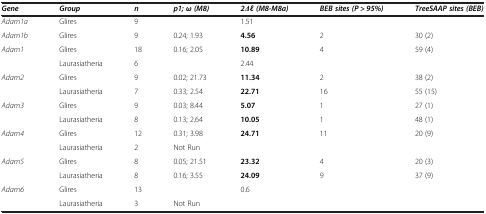
<table><thead><tr><td><b><i>Gene</i></b></td><td><b><i>Group</i></b></td><td><b><i>n</i></b></td><td><b><i>p1; ω (M8)</i></b></td><td><b><i>2Δl (M8-M8a)</i></b></td><td><b><i>BEB sites (P &gt; 95%)</i></b></td><td><b><i>TreeSAAP sites (BEB)</i></b></td></tr></thead><tbody><tr><td><i>Adam1a</i></td><td>Glires</td><td>9</td><td> </td><td>1.51</td><td> </td><td> </td></tr><tr><td><i>Adam1b</i></td><td>Glires</td><td>9</td><td>0.24; 1.93</td><td><b>4.56</b></td><td>2</td><td>30 (2)</td></tr><tr><td><i>Adam1</i></td><td>Glires</td><td>18</td><td>0.16; 2.05</td><td><b>10.89</b></td><td>4</td><td>59 (4)</td></tr><tr><td> </td><td>Laurasiatheria</td><td>6</td><td> </td><td>2.44</td><td> </td><td> </td></tr><tr><td><i>Adam2</i></td><td>Glires</td><td>9</td><td>0.02; 21.73</td><td><b>11.34</b></td><td>2</td><td>38 (2)</td></tr><tr><td> </td><td>Laurasiatheria</td><td>7</td><td>0.33; 2.54</td><td><b>22.71</b></td><td>16</td><td>55 (15)</td></tr><tr><td><i>Adam3</i></td><td>Glires</td><td>9</td><td>0.03; 8.44</td><td><b>5.07</b></td><td>1</td><td>27 (1)</td></tr><tr><td> </td><td>Laurasiatheria</td><td>8</td><td>0.13; 2.64</td><td><b>10.05</b></td><td>1</td><td>48 (1)</td></tr><tr><td><i>Adam4</i></td><td>Glires</td><td>12</td><td>0.31; 3.98</td><td><b>24.71</b></td><td>11</td><td>20 (9)</td></tr><tr><td> </td><td>Laurasiatheria</td><td>2</td><td>Not Run</td><td> </td><td> </td><td> </td></tr><tr><td><i>Adam5</i></td><td>Glires</td><td>8</td><td>0.05; 21.51</td><td><b>23.32</b></td><td>4</td><td>20 (3)</td></tr><tr><td> </td><td>Laurasiatheria</td><td>8</td><td>0.16; 3.55</td><td><b>24.09</b></td><td>9</td><td>37 (9)</td></tr><tr><td><i>Adam6</i></td><td>Glires</td><td>13</td><td> </td><td>0.6</td><td> </td><td> </td></tr><tr><td> </td><td>Laurasiatheria</td><td>3</td><td>Not Run</td><td> </td><td> </td><td> </td></tr></tbody></table>